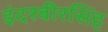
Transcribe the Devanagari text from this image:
इंदरबीरसिंह